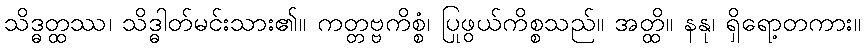
သိဒ္ဓတ္ထဿ၊ သိဒ္ဓါတ်မင်းသား၏။ ကတ္တဗ္ဗကိစ္စံ၊ ပြုဖွယ်ကိစ္စသည်။ အတ္ထိ။ နနု၊ ရှိရော့တကား။